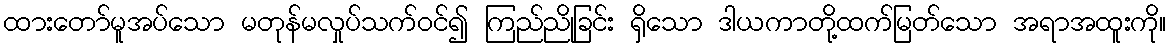
ထားတော်မူအပ်သော မတုန်မလှုပ်သက်ဝင်၍ ကြည်ညိုခြင်း ရှိသော ဒါယကာတို့ထက်မြတ်သော အရာအထူးကို။